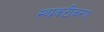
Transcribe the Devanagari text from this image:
स्व्प्रकटीकरण